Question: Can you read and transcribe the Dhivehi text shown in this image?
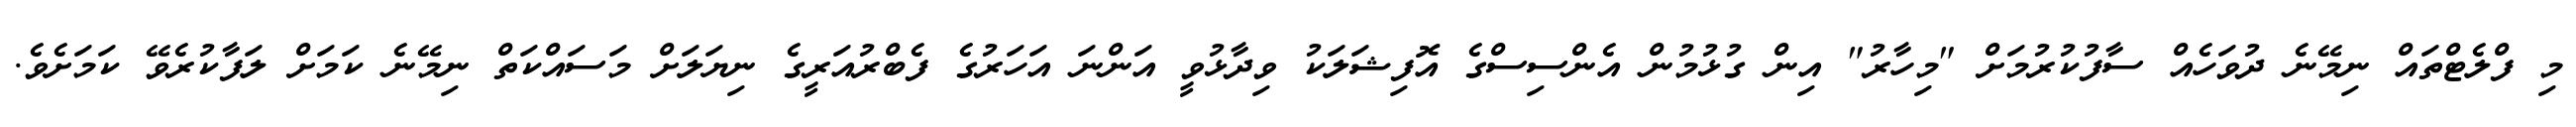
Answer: މި ފްލެޓްތައް ނިމޭނެ ދުވަހެއް ސާފުކުރުމަށް "މިހާރު" އިން ގުޅުމުން އެންސިސްގެ އޮފިޝަލަކު ވިދާޅުވީ އަންނަ އަހަރުގެ ފެބްރުއަރީގެ ނިޔަލަށް މަސައްކަތް ނިމޭނެ ކަމަށް ލަފާކުރެވޭ ކަމަށެވެ.